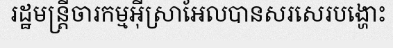
រដ្ឋមន្ត្រីចារកម្មអ៊ីស្រាអែលបានសរសេរបង្ហោះ